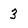
Character: 3